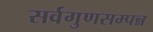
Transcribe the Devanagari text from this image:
सर्वगुणसम्पन्न